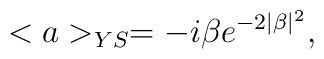
<a>_{YS}=-i\beta e^{-2\mid\beta\mid^{2}},